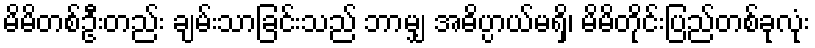
မိမိတစ်ဦးတည်း ချမ်းသာခြင်းသည် ဘာမျှ အဓိပ္ပာယ်မရှိ၊ မိမိတိုင်းပြည်တစ်ခုလုံး